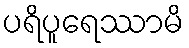
ပရိပူရေဿာမိ